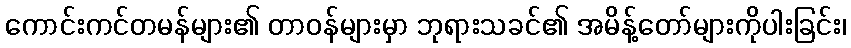
ကောင်းကင်တမန်များ၏ တာဝန်များမှာ ဘုရားသခင်၏ အမိန့်တော်များကိုပါးခြင်း၊